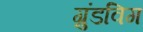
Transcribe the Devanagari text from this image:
ग्रुंडविग